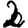
Digit: 2